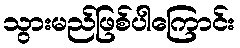
သွားမည်ဖြစ်ပါကြောင်း